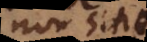
non sine